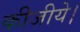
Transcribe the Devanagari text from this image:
कीजीये।